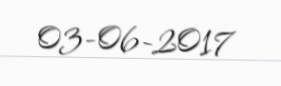
03-06-2017